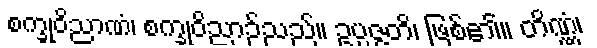
စက္ခုဝိညာဏံ၊ စက္ခုဝိညာဉ်သည်။ ဥပ္ပဇ္ဇတိ၊ ဖြစ်၏။ တိဏ္ဏံ၊